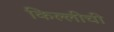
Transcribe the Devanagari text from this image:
किल्लीची